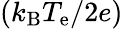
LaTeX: (k_{\mathrm{B}}T_{\mathrm{e}}/2e)